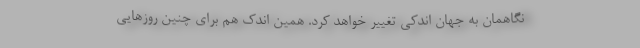
نگاهمان به جهان اندکی تغییر خواهد کرد. همین اندک هم برای چنین روزهایی